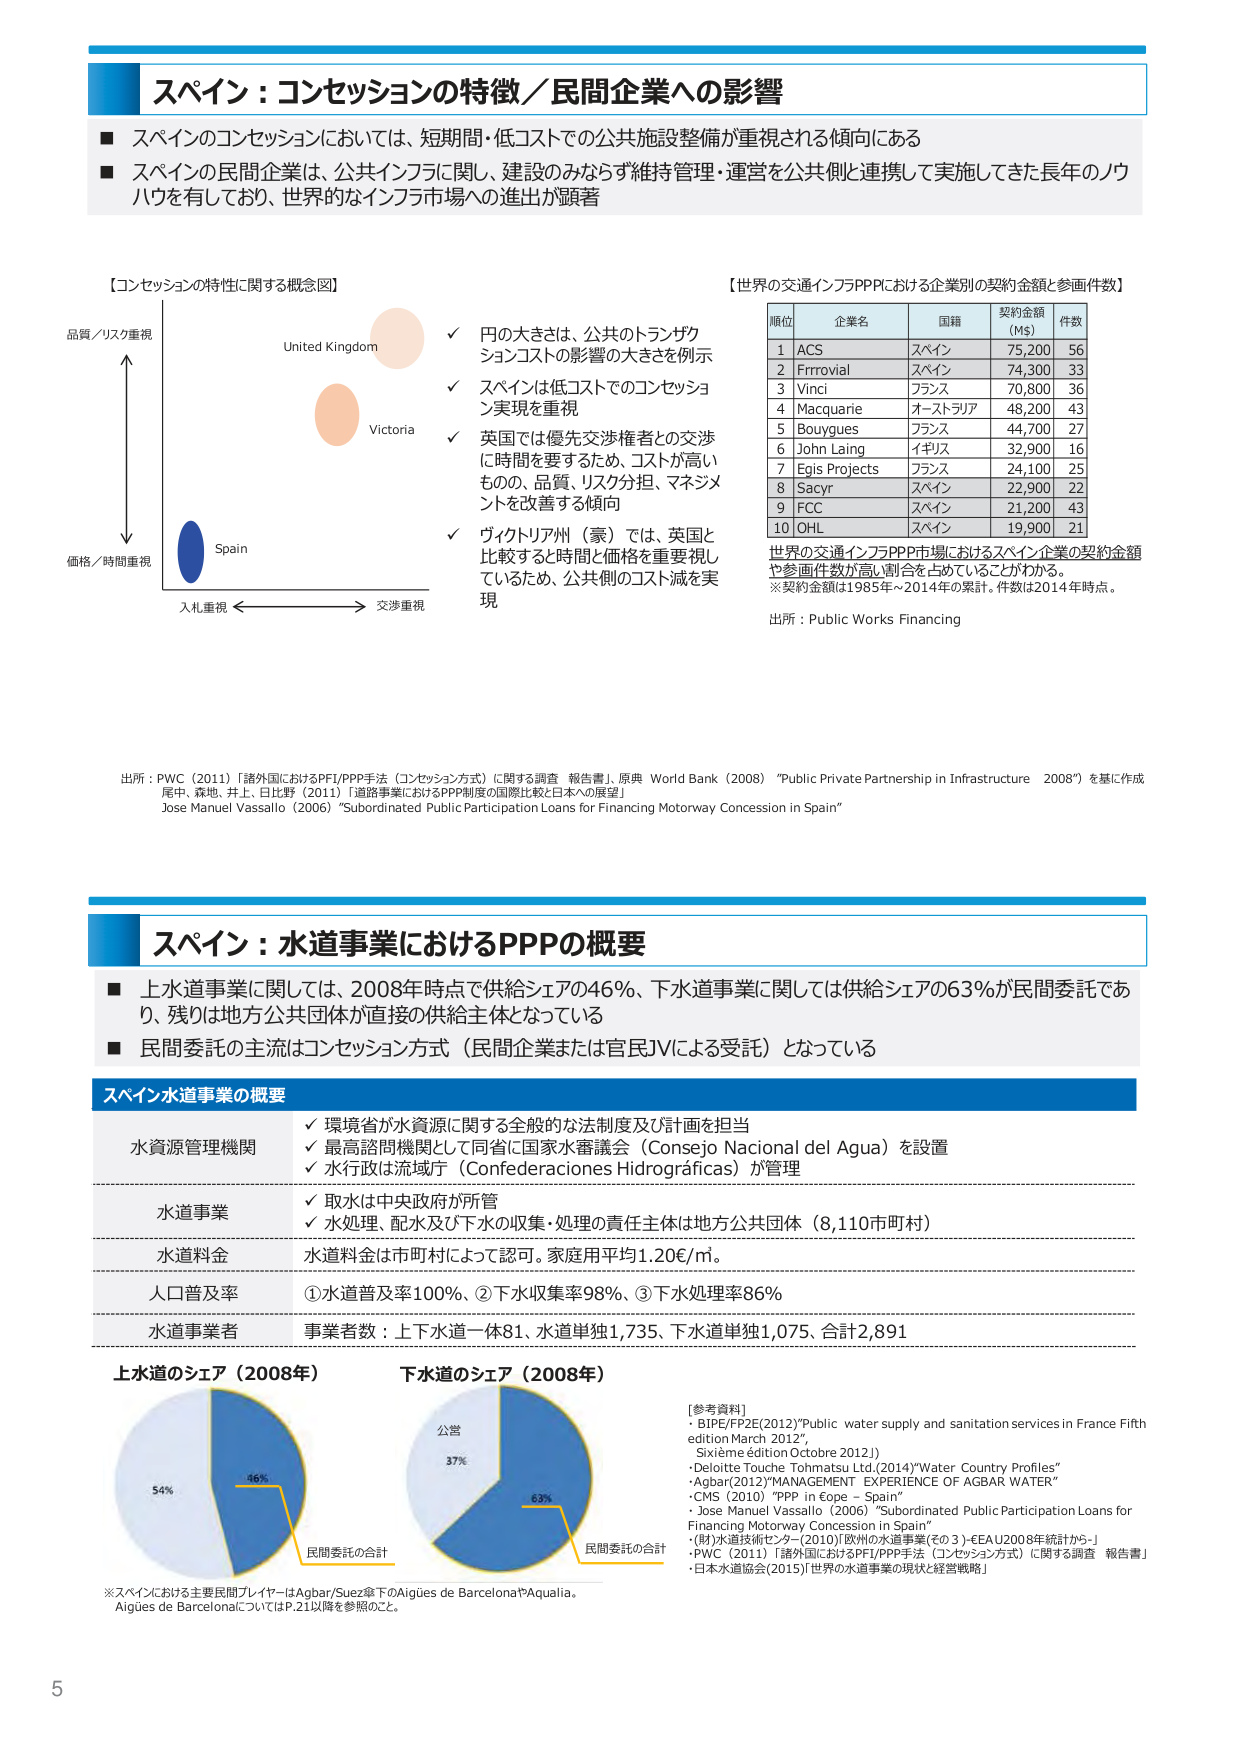
スパイン：コンセッションの特徴／民間企業への影響
■ スペインのコンセッションにおいては、短期間・低コストでの公共施設整備が重視される傾向にある
■ スペインの民間企業は、公共インフラに関し、建設のみならず維持管理・運営を公共側と連携して実施してきた長年のノウハウを有しており、世界的なインフラ市場への進出が顕著

【コンセッションの特性に関する概念図】
品質／リスク重視
↑
United Kingdom
✓ 円の大きさは、公共のトランザクションコストの影響の大きさを例示
✓ スペインは低コストでのコンセッション実現を重視
✓ 英国では優先交渉権者との交渉に時間を要するため、コストが高いもの、品質、リスク分担、マネジメントを改善する傾向
✓ ヴィクトリア州（豪）では、英国と比較すると時間と価格を重要視しているため、公共側のコスト減を実現
↓
価格／時間重視
Spain
入札重視 ←→ 交渉重視

【世界の交通インフラPPPにおける企業別の契約金額と参画件数】
順位 企業名 国籍 契約金額（M$） 件数
1 ACS スペイン 75,200 56
2 Ferrovial スペイン 74,300 33
3 Vinci フランス 70,800 36
4 Macquarie オーストラリア 48,200 43
5 Bouygues フランス 44,700 27
6 John Laing イギリス 32,900 16
7 Egis Projects フランス 24,100 25
8 Sacyr スペイン 22,900 22
9 FCC スペイン 21,200 43
10 OHL スペイン 19,900 21

世界の交通インフラPPP市場におけるスペイン企業の契約金額や参画件数が高い割合を占めていることがわかる。
※契約金額は1985年～2014年の累計。件数は2014年時点。
出所：Public Works Financing

出所：PWC（2011）「諸外国におけるPF/PPP手法（コンセッション方式）に関する調査 報告書」、原典 World Bank（2008）“Public Private Partnership in Infrastructure 2008”を基に作成
尾中、森地、井上、日比野（2011）「道路事業におけるPPP制度の国際比較と日本への展望」
Jose Manuel Vassallo（2006）“Subordinated Public Participation Loans for Financing Motorway Concession in Spain”

スパイン：水道事業におけるPPPの概要
■ 上水道事業に関しては、2008年時点で供給シェアの46％、下水道事業に関しては供給シェアの63％が民間委託であり、残りは地方公共団体が直接の供給主体となっている
■ 民間委託の主流はコンセッション方式（民間企業または官民JVによる受託）となっている

スペイン水道事業の概要
水資源管理機関
✓ 環境省が水資源に関する全般的な法制度及び計画を担当
✓ 最高諮問機関として同省に国家水審議会（Consejo Nacional del Agua）を設置
✓ 水行政は流域庁（Confederaciones Hidrográficas）が管理
水道事業
✓ 取水は中央政府が所管
✓ 水処理、配水及び下水の収集・処理の責任主体は地方公共団体（8,110市町村）
水道料金
水道料金は市町村によって認可。家庭用平均1.20€/㎥。
人口普及率
①水道普及率100％、②下水収集率98％、③下水処理率86％
水道事業者
事業者数：上下水道一体81、水道単独1,735、下水道単独1,075、合計2,891

上水道のシェア（2008年）
54%（公営）
46%（民間委託の合計）

下水道のシェア（2008年）
37%（公営）
63%（民間委託の合計）

※スペインにおける主要民間プレイヤーはAgbar/Suez傘下のAigües de BarcelonaやAqualia。
Aigües de BarcelonaについてはP.21以降を参照のこと。

[参考資料]
・BIPE/FP2E(2012)“Public water supply and sanitation services in France Fifth edition March 2012”,
SIXIÈME ÉDITION Octobre 2012,))
・Deloitte Touche Tohmatsu Ltd.(2014)“Water Country Profiles”
・Agbar(2012)“MANAGEMENT EXPERIENCE OF AGBAR WATER”
・CMS (2010) “PPP in Éope – Spain”
・Jose Manuel Vassallo (2006) “Subordinated Public Participation Loans for Financing Motorway Concession in Spain”
・(財)水道技術センター(2010)「欧州の水道事業（その3）-EEA U2008年統計から-」
・PWC (2011) 「諸外国におけるPF/PPP手法（コンセッション方式）に関する調査 報告書」
・日本水道協会(2015)「世界の水道事業の現状と経営戦略」

5